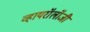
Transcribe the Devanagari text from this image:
व्हायरॉलॉजी